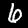
Label: 6